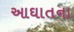
આઘાતના